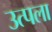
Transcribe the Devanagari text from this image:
उत्पला